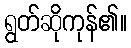
ရွတ်ဆိုကုန်၏။